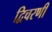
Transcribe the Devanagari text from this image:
द्विचरणी